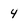
Character: 4